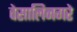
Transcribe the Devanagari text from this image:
वेसालिनगरे